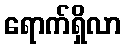
ရောက်ရှိလာ